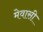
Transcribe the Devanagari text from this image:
मेवासी